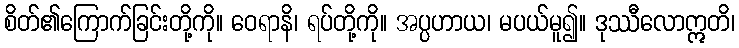
စိတ်၏ကြောက်ခြင်းတို့ကို။ ဝေရာနိ၊ ရပ်တို့ကို။ အပ္ပဟာယ၊ မပယ်မူ၍။ ဒုဿီလောဣတိ၊